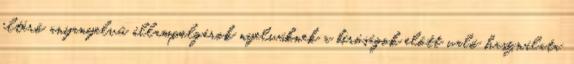
eltérő anyanyelvű állampolgárok nyelvüknek a bíróságok előtt való használata